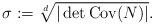
LaTeX: \begin{align*}\sigma:=\sqrt[d]{|\det \operatorname{Cov}(N)|}.\end{align*}